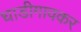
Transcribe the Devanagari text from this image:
धाडीगावकर